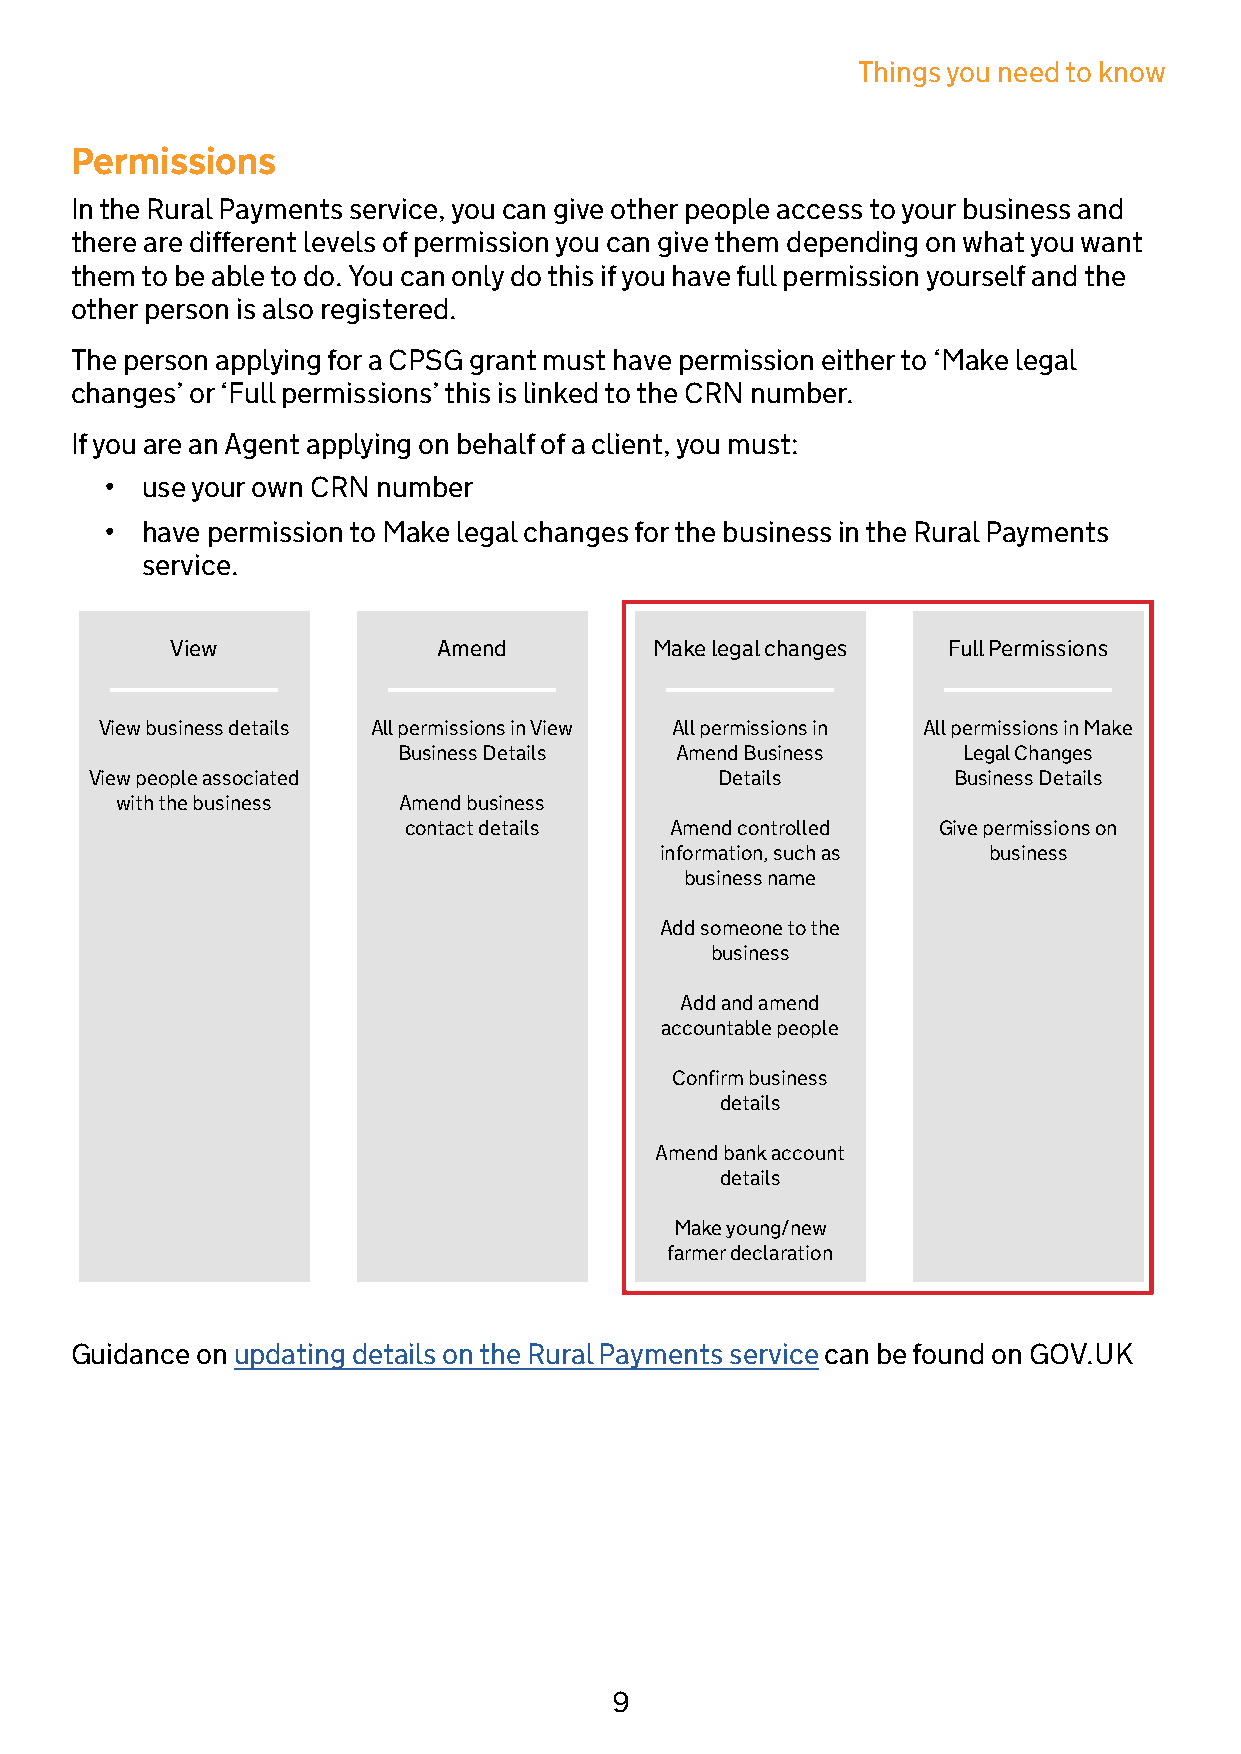
Things you need to know
 Permissions
 In the Rural Payments service, you can give other people access to your business and
 there are different levels of permission you can give them depending on what you want
 them to be able to do. You can only do this if you have full permission yourself and the
 other person is also registered.
 The person applying for a CPSG grant must have permission either to ‘Make legal
 changes’ or ‘Full permissions’ this is linked to the CRN number.
 If you are an Agent applying on behalf of a client, you must:
 • use your own CRN number
 • have permission to Make legal changes for the business in the Rural Payments
 service.
 View              Amend         Make legal changes  Full Permissions
 View business details All permissions in View All permissions in All permissions in Make
 Business Details   Amend Business     Legal Changes
 View people associated                    Details        Business Details
 with the business Amend business
 contact details  Amend controlled  Give permissions on
 information, such as business
 business name
 Add someone to the
 business
 Add and amend
 accountable people
 Confirm business
 details
 Amend bank account
 details
 Make young/new
 farmer declaration
 Guidance on updating details on the Rural Payments service can be found on GOV.UK
 9